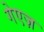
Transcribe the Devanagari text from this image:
गेएज़